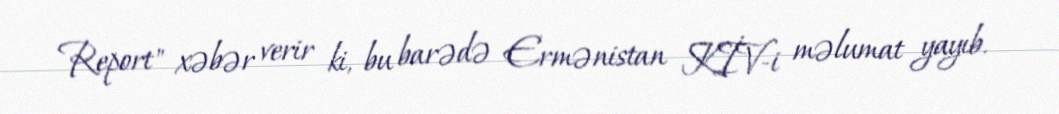
Report" xəbər verir ki, bu barədə Ermənistan KİV-i məlumat yayıb.